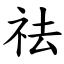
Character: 祛